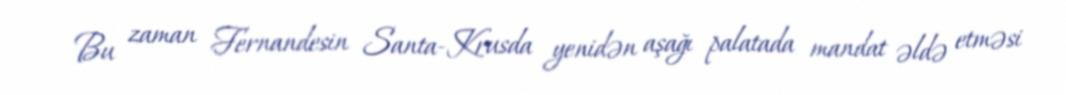
Bu zaman Fernandesin Santa-Krusda yenidən aşağı palatada mandat əldə etməsi